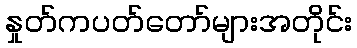
နှုတ်ကပတ်တော်များအတိုင်း